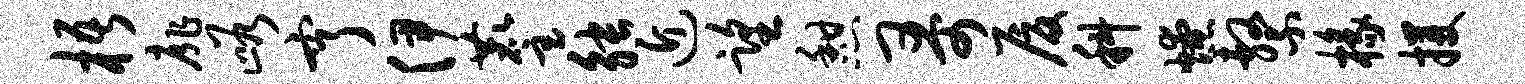
梧扉峪亨伊麈觖近望憩哥厦科燎系椽攫